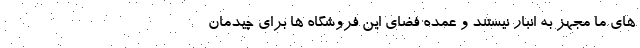
های ما مجهز به انبار نیستند و عمده فضای این فروشگاه ها برای چیدمان